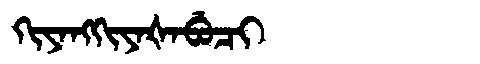
Manchu: ᡴᡳᠶᠠᠩᡴᡳᠶᠠᡧᠠᠪᡠᠴᡳ
Romanization: KIYANGKIYAŠABUCI